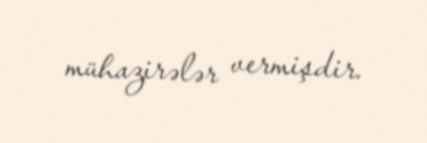
mühazirələr vermişdir.